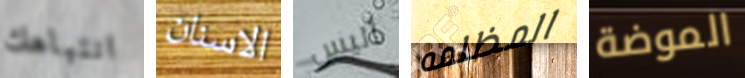
انتباهك الاسنان أليس المظلمه الموضة